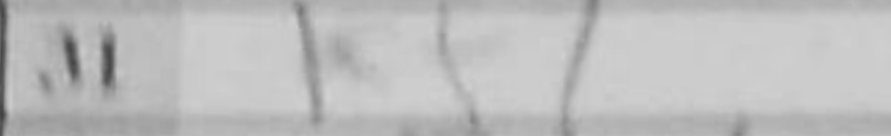
Transcription: Kf1